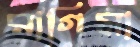
রাগিমা